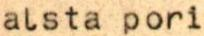
alsta pori